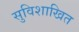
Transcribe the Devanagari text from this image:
सुविशाखित